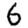
Digit: 6